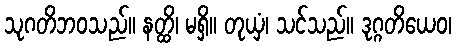
သုဂတိဘဝသည်။ နတ္ထိ၊ မရှိ။ တုယှံ၊ သင်သည်။ ဒုဂ္ဂတိယေဝ၊